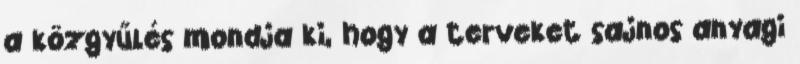
a közgyűlés mondja ki, hogy a terveket sajnos anyagi